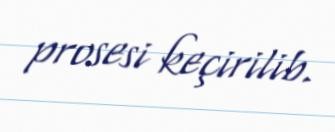
prosesi keçirilib.